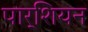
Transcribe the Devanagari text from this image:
पार्शियन